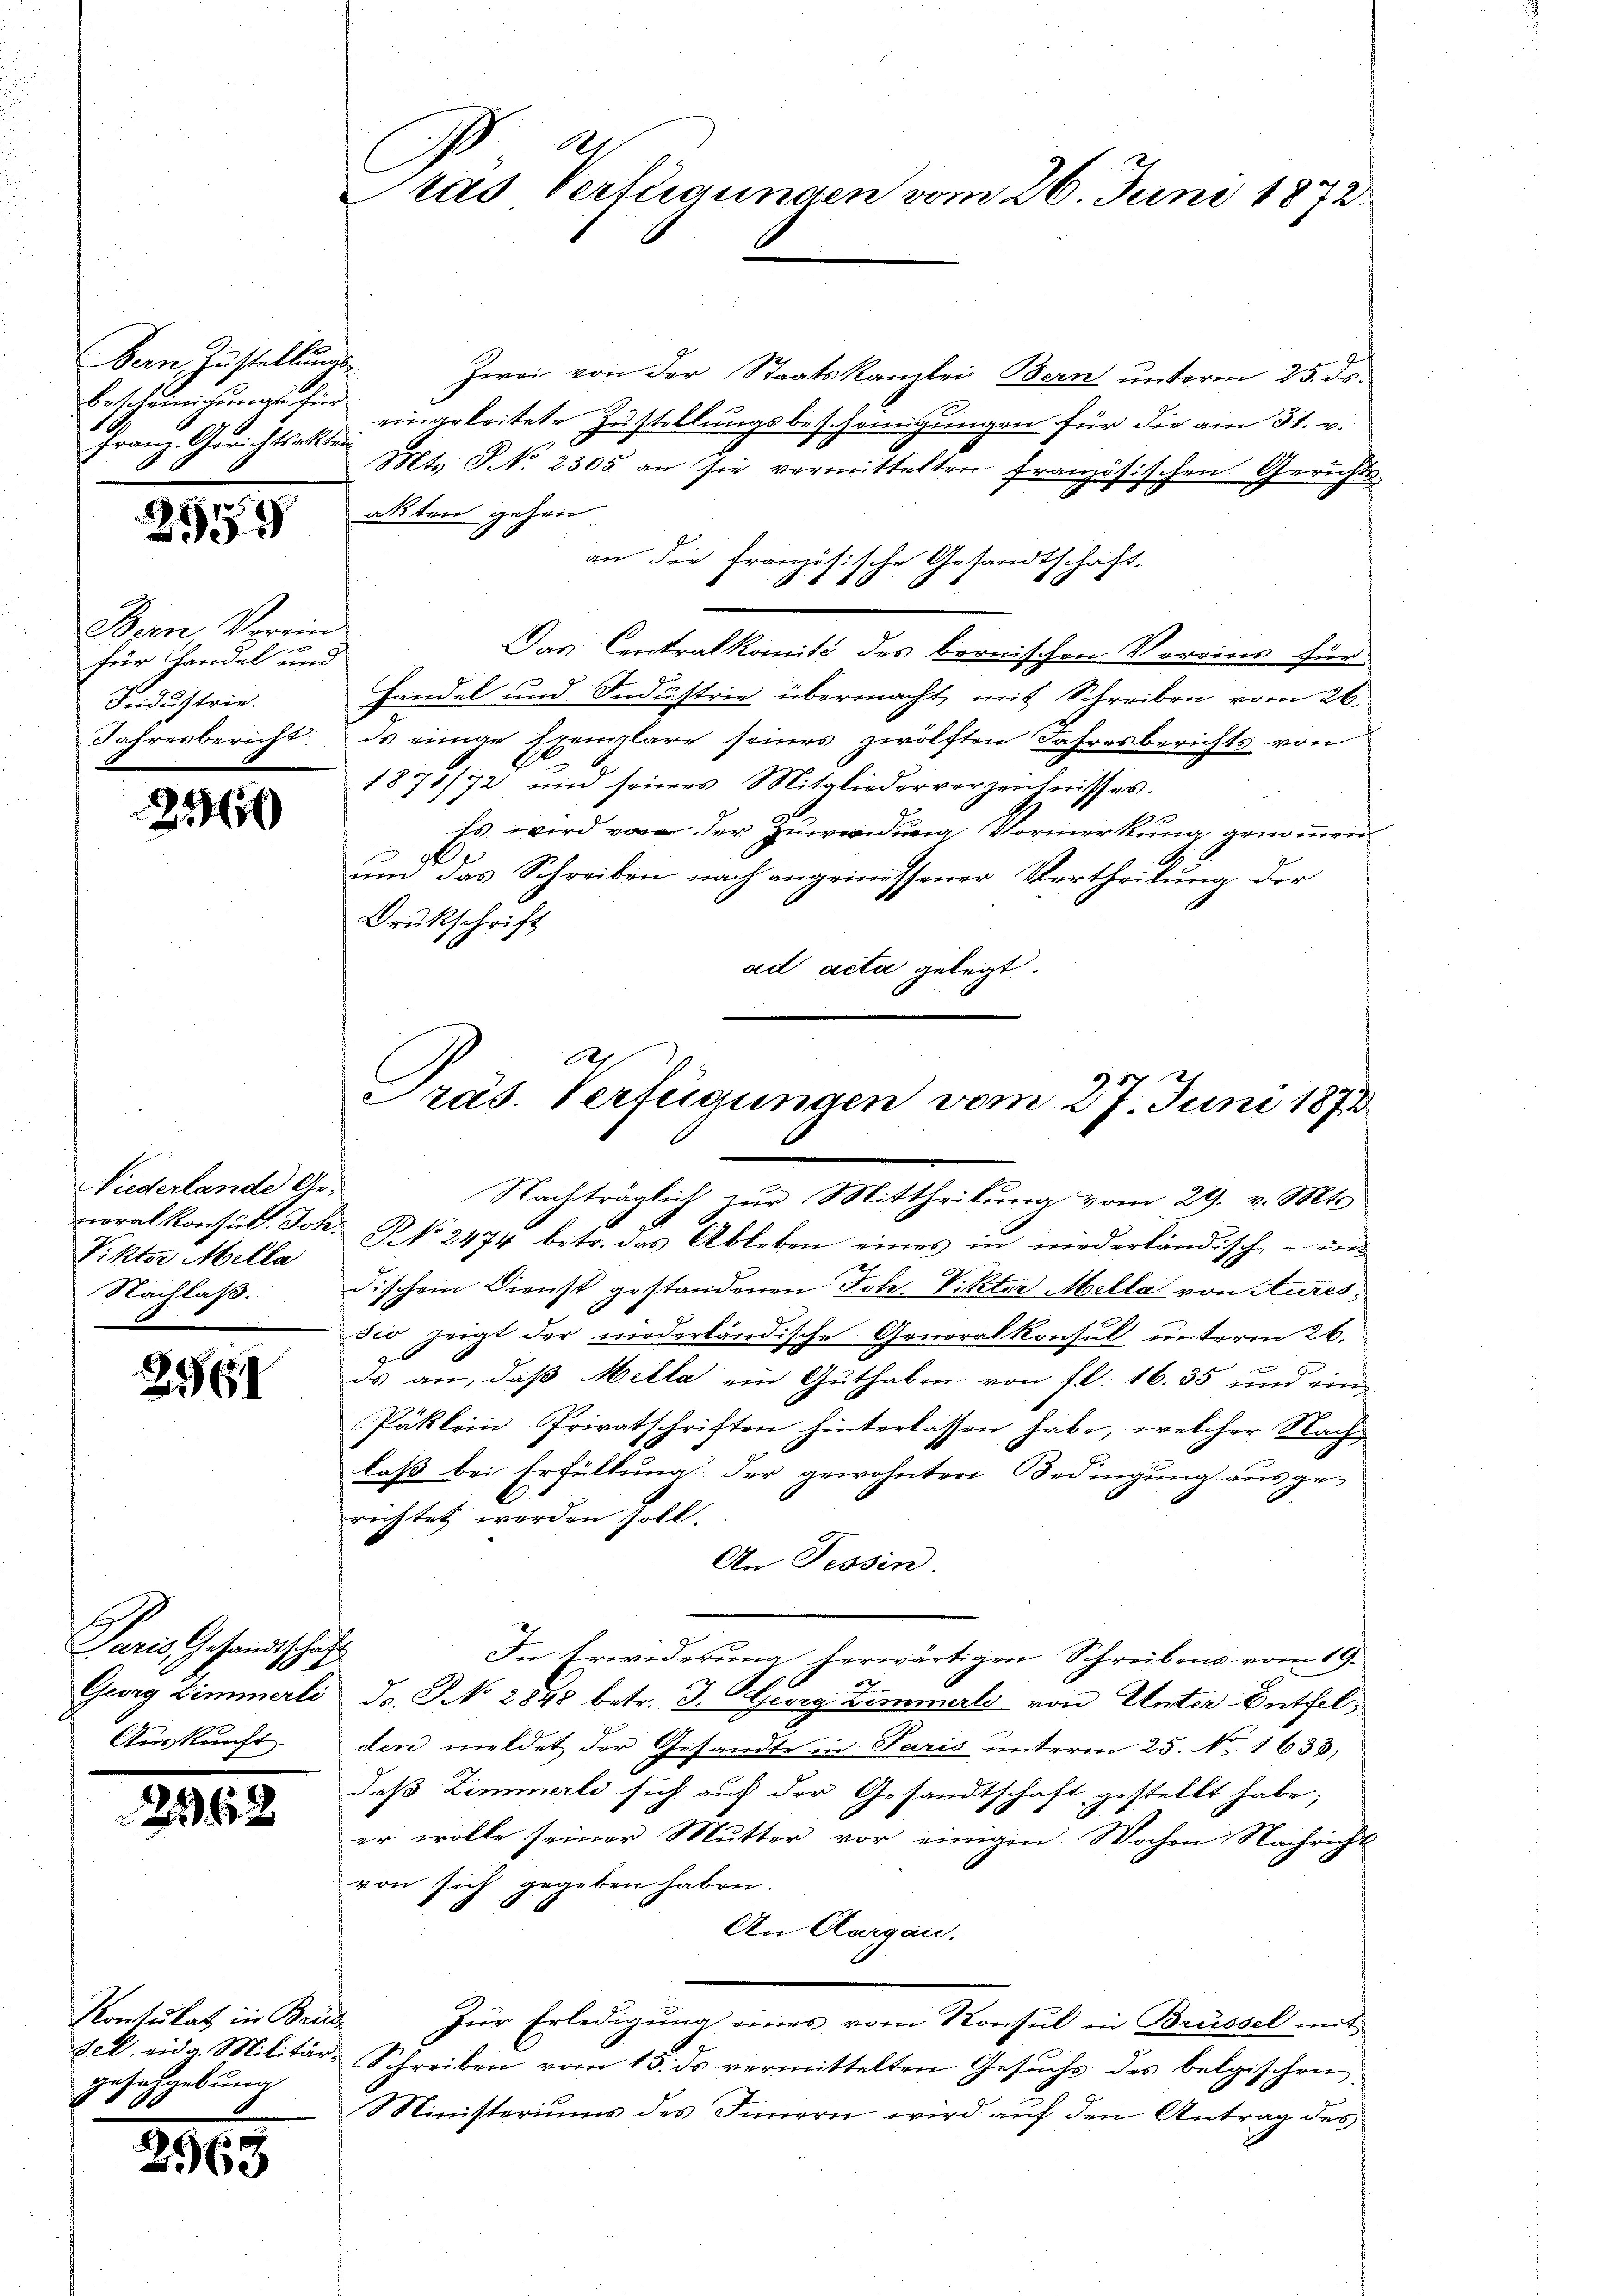
Bern, Zustellungs-
Franz-Gerichtsalten

2559

Bern Verein
für Handel und
Fudustrie.
Jahresbericht

230

Niderlande An¬
Viktor Mella
Nachlaß.

2561

Paris Gesandtschaft
Auskunft

2948

Kontulat in Brüde
gesehgebung

2969

Zwei von der Staatskanzlei Bern unterm 25. ds.
bescheinigung für eingeleitete Zustellungsbescheinigungen für die am 31. v.
Mts. S. 2505 an sie vermittelten französischen Gerichts-
akten gehen
an die französische Gesandtschaft.
Das Centralkomité des bernischen Vereins für
Handel und Industrie übermacht, mit Schreiben vom 26.
ds einige Exemplare seines zwölften Jahresberichts von
1877/78 und seines Mitgliederverzeichnisses.
Es wird von der Zuwendung Vormerkung genommen
um das Schreiben nach angemessener Vertheilung der
Drukschrift
ad acta gelegt.

1
ras Verfügungen vom 26. Juni 1872.

Präs. Verfügungen vom 27. Juni 1873
Nachträglich zur Mittheilung vom 29. v. Mts

neralkonsŭl. Joh. No. 2474 betr. das Ableben eines in niederländisch - in
dischem Dienst gestandenen Joh. Viktor Mella von Aures,
sco, zeigt der niederländische Generalkonsul unterm 26.
ds an, daß Milla ein Guthaben von fl. 16. 55 und eine
Päklein Privatschriften hinterlassen habe, welcher Nachlaß bei Erfüllung der gewohnter Bedingung ausgerichtet werden soll.
An Tessin.
In Erwiderung herwärtigen Schreibens vom 19.
Georg Zimmerli ds. NNo. 2848 betr. J. Georg Zimmerls von Unter Entfelden meldet der Gesandte in Paris unterm 25. No. 1633.
daß Zimmerli sich auf der Gesandtschaft gestellt habe;
er wolle seiner Mŭtter vor einigen Wochen Nachricht
von sich gegeben haben.
An Aargau.
Zür Erledigung eines vom Konsul in Brüssel mit
sel, eidg. Militär-Schreiben vom 15. ds vermittelten Gesŭchs des belgischen
Ministeriums des Innern wird auf den Antrag des